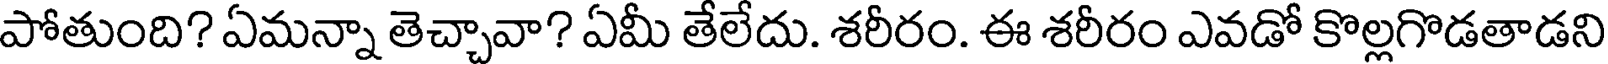
పోతుంది? ఏమన్నా తెచ్చావా? ఏమీ తేలేదు. శరీరం. ఈ శరీరం ఎవడో కొల్లగొడతాడని